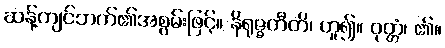
ဆန့်ကျင်ဘက်၏အစွမ်းဖြင့်။ နိရုဇ္ဇတီတိ၊ ဟူ၍။ ဝုတ္တံ၊ ၏။